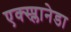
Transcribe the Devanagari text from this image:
एक्स्प्लानेडा